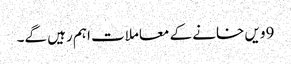
9ویں خانے کے معاملات اہم رہیں گے۔